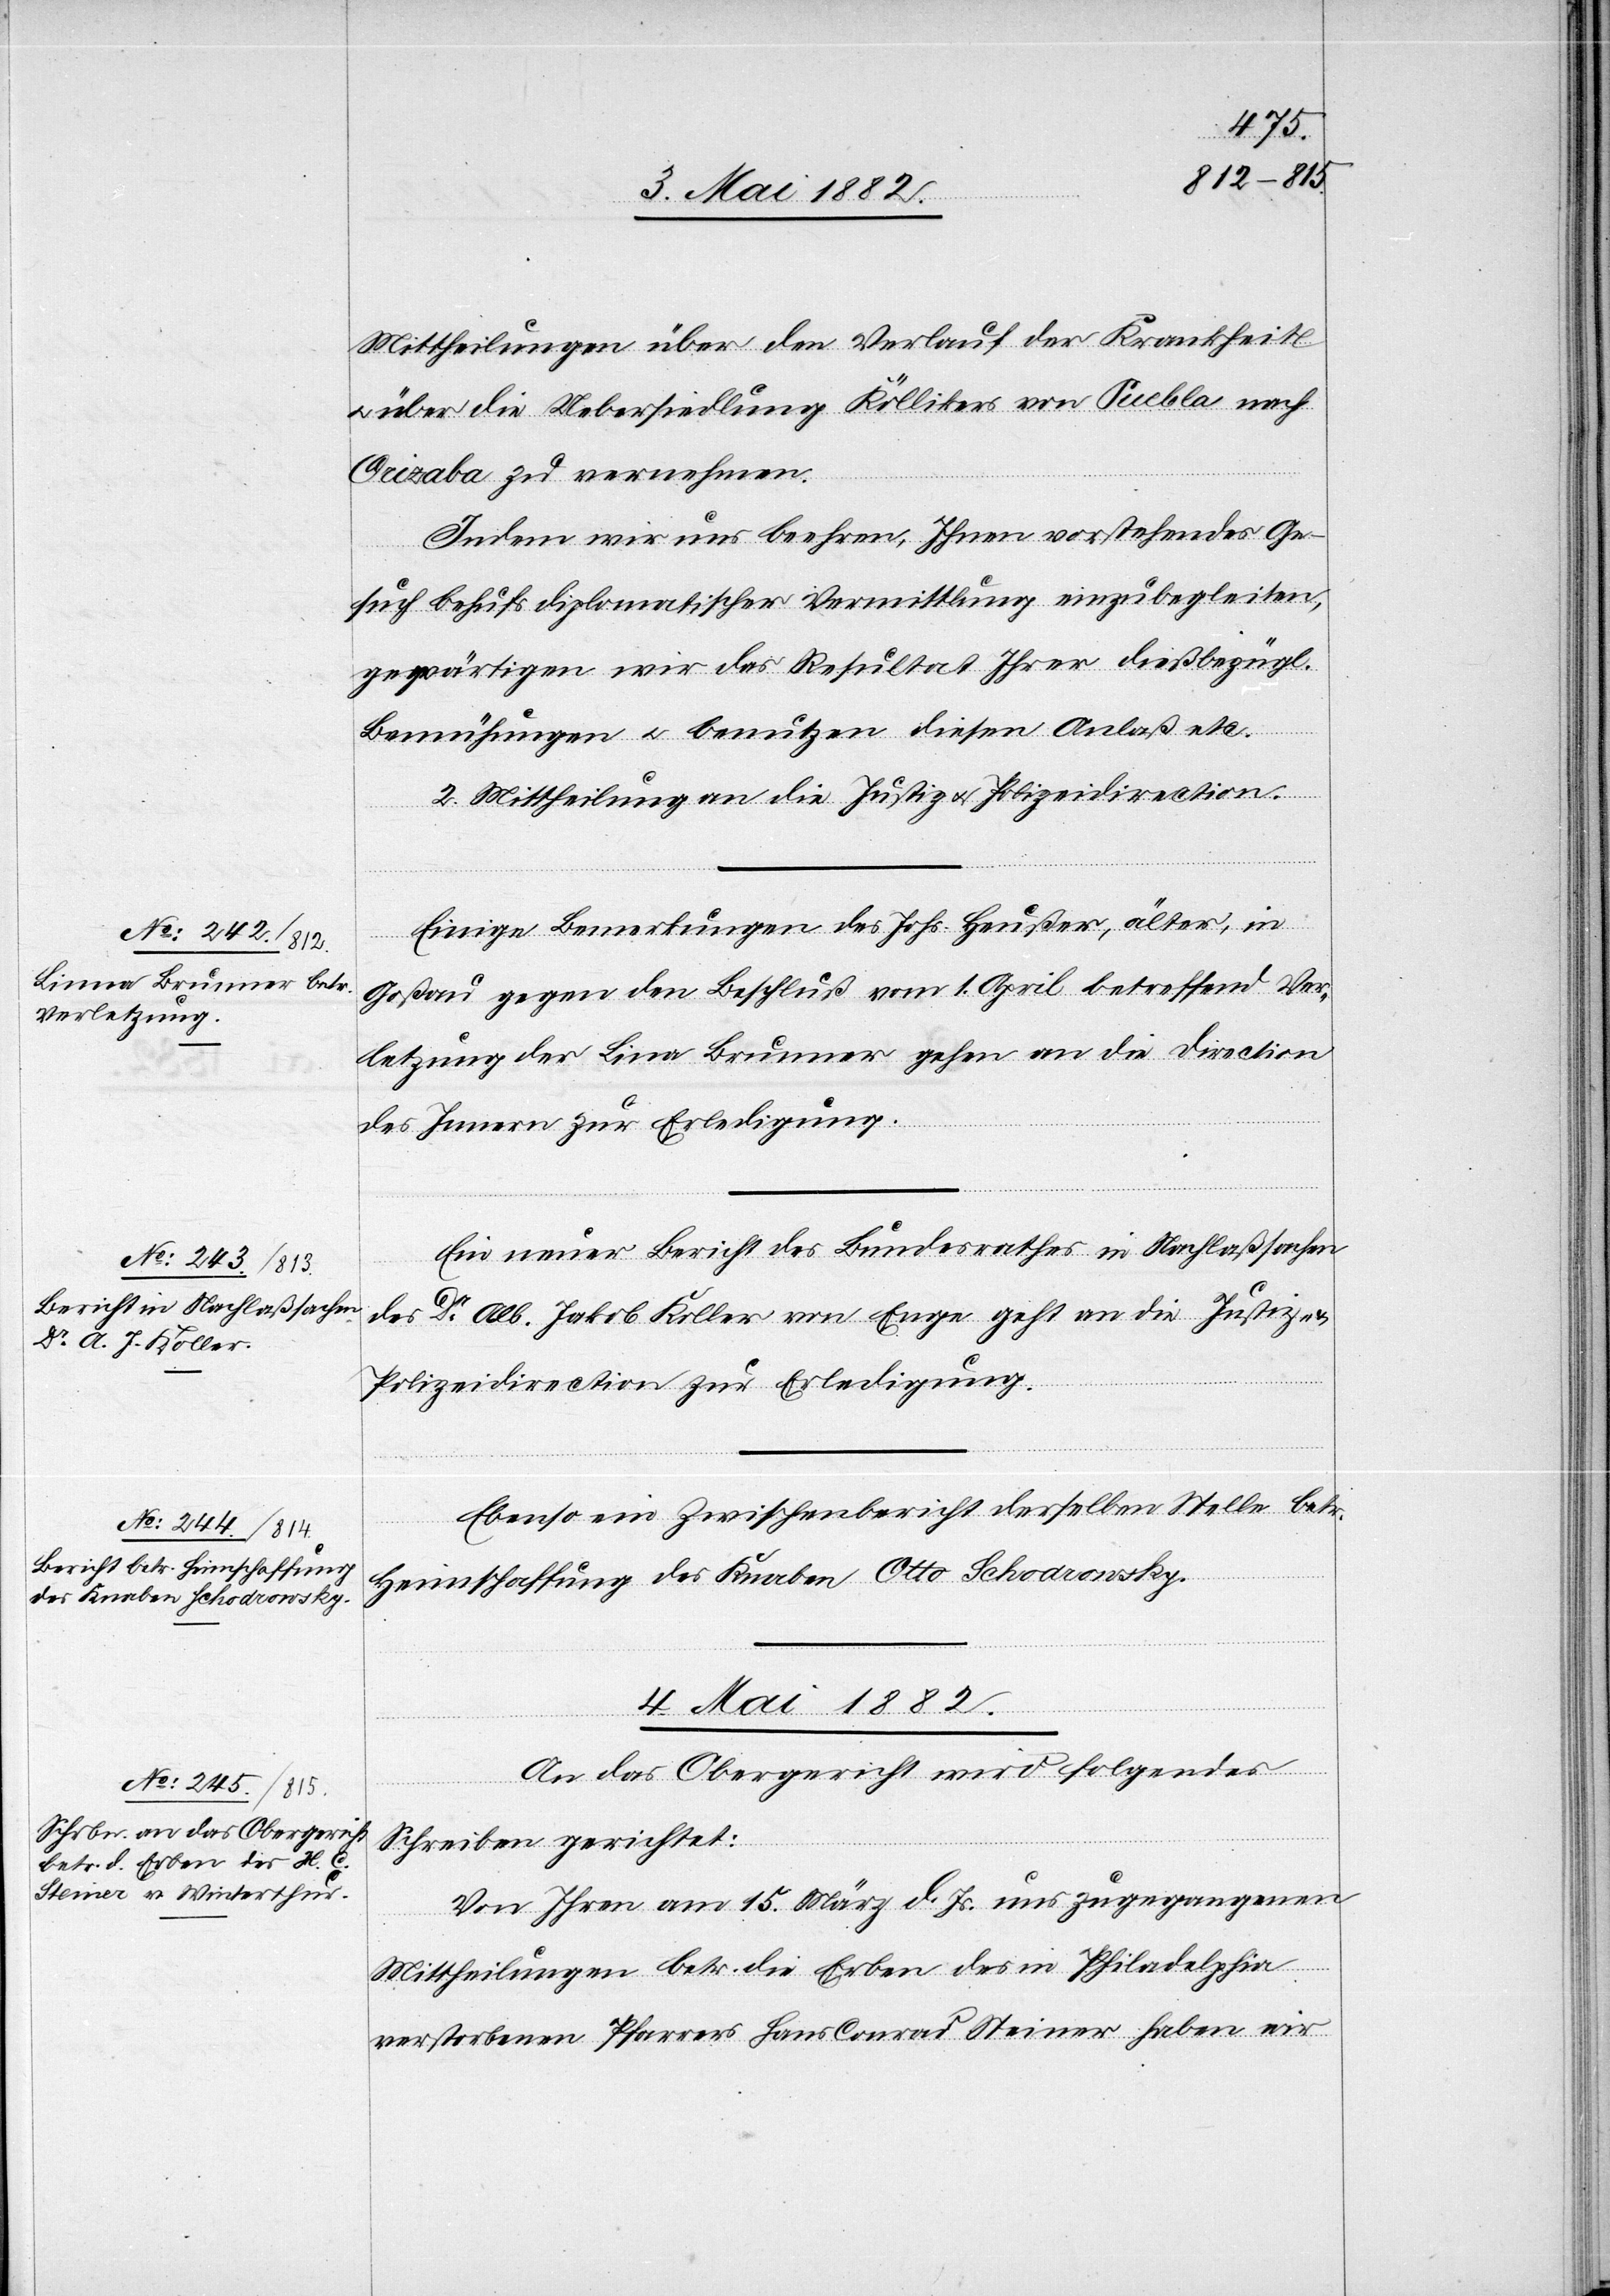
2.236
3. Mai 1882.]
Mittheilung über den Verlauf der Krankheit
über die Uebersiedlung Köllikers von Suebla nach
Orizaba zu vernehmen.
Indem wir uns beehren, Ihnen vorstehendes Ge¬
such behufs diplomatischer Vermittlung einzubegleiten,
gewärtigen wir das Resultat Ihrer dießbezügl.
Bemühungen u. benutzen diesen Anlaß etc.
2. Mittheilung an die Justiz[-] u. Polizeidirection.
u.
Einige Bemerkungen des Johs. Heußer, älter, in
Goßau gegen den Beschluß vom 1. April betreffend Ver¬
letzung der Lina [sic!] Brunner gehen an die Direction
des Innern zu Erledigung.
Ein neuer Bericht des Bundesrathes in Nachlaßsachen
des Dr Alb. Jakob Koller von Enge geht an die Justiz-
Polizeidirektion zur Erledigung.
Ebenso ein Zwischenbericht derselben Stelle betr.
Heimschaffung des Knaben Otto Schodrowsky.
4. Mai 1882.
An das Obergericht wird folgendes
Schreiben gerichtet:
„Von Ihren am 15. März d. Js. uns zugegangenen
Mittheilungen betr. die Erben des in Philadelphia
verstorbenen Pfarrers Hans Conrad Steiner haben wir